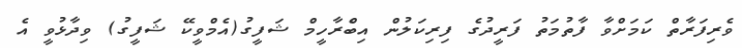
ވެރިފަރާތް ކަމަށްވާ ފާތުމަތު ފަރީދުގެ ފިރިކަލުން އިބްެރާހީމް ޝަފީގު(އެމްވީކޭ ޝަފީގު) ވިދާޅުވީ އެ